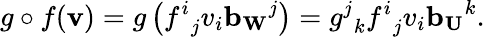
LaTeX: g\circ f(\mathbf{v})=g\left({f^{i}}_{j}v_{i}\mathbf{b_{W}}^{j}\right)={g^{j}}_{k}{f^{i}}_{j}v_{i}\mathbf{b_{U}}^{k}.